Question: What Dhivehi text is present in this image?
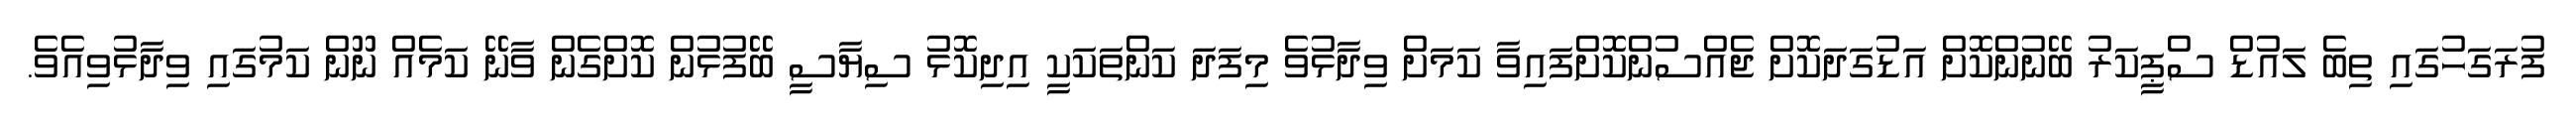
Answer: ފުރަގަހުގައި ތިބެ ލައުޑް ސްޕީކަރު ބޭނުންކޮށް އަޑުގަދަކޮށް ޖެއްސުންކޮށްފައިވާ ކަމަށް ވިދާޅުވެ މިފަދަ ކަންތަކަކީ އިދިކޮޅު ސިޔާސީ ބޭފުޅުން ކޮށްގެން ވާނޭ ކަމެއް ނޫން ކަމުގައި ވިދާޅުވިއެވެ.